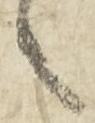
之